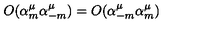
O ( \alpha _ { m } ^ { \mu } \alpha _ { - m } ^ { \mu } ) = O ( \alpha _ { - m } ^ { \mu } \alpha _ { m } ^ { \mu } )